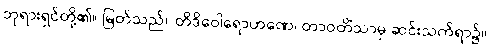
ဘုရားရှင်တို့၏။ မြတ်သည်။ တိဒိဝေါရောဟဏေ၊ တာဝတိံသာမှ ဆင်းသက်ရာ၌။